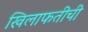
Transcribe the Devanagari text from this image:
खिलाफतीची